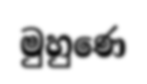
මුහුණෙ